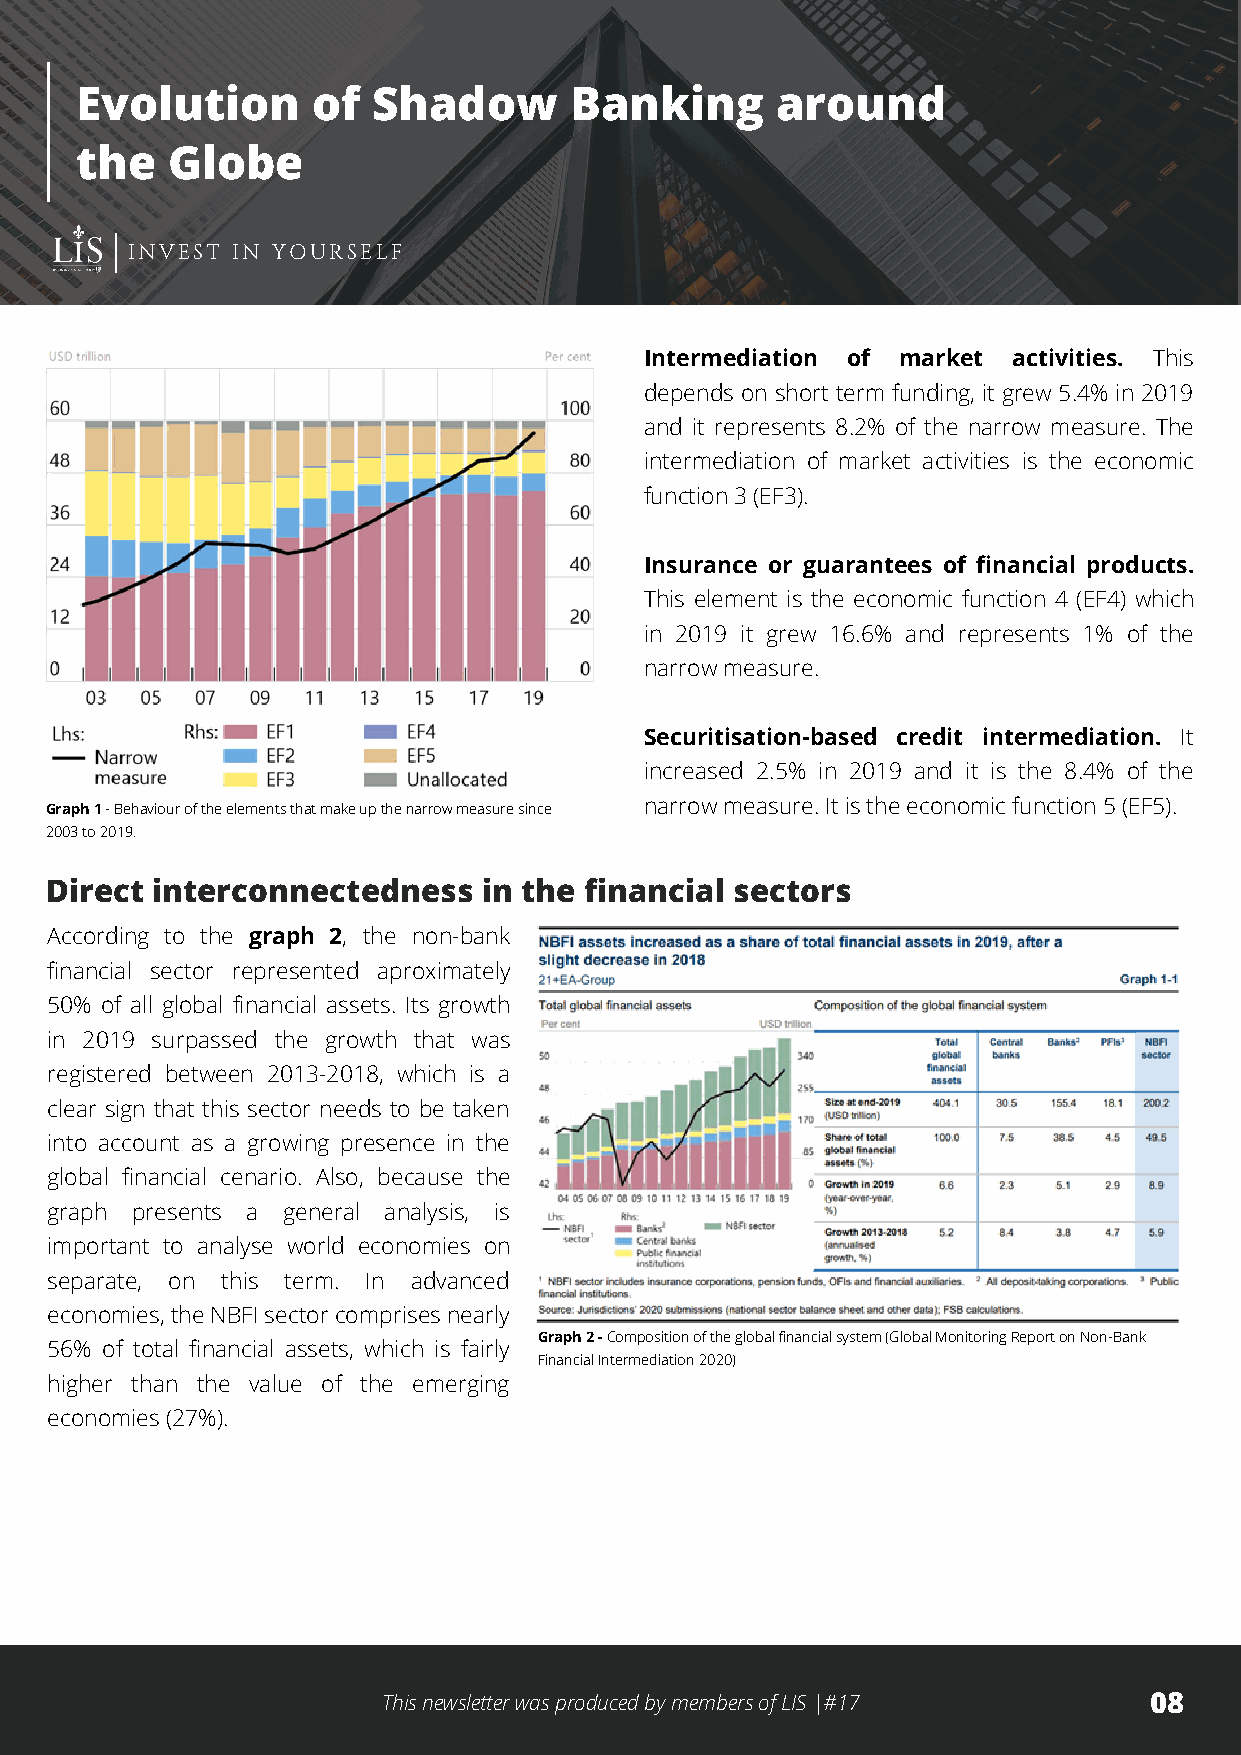
Evolution       of  Shadow       Banking      around
 the   Globe
 INVEST IN YOURSELF
 Intermediation of market activities. This
 depends on short term funding, it grew 5.4% in 2019
 and it represents 8.2% of the narrow measure. The
 intermediation of market activities is the economic
 function 3 (EF3).
 Insurance or guarantees of financial products.
 This element is the economic function 4 (EF4) which
 in 2019 it grew 16.6% and represents 1% of the
 narrow measure.
 Securitisation-based credit intermediation. It
 increased 2.5% in 2019 and it is the 8.4% of the
 narrow measure. It is the economic function 5 (EF5).
 Graph 1 - Behaviour of the elements that make up the narrow measure since
 2003 to 2019.
 Direct interconnectedness    in the financial sectors
 According to the graph 2, the non-bank
 financial sector represented aproximately
 50% of all global financial assets. Its growth
 in 2019 surpassed the growth that was
 registered between 2013-2018, which is a
 clear sign that this sector needs to be taken
 into account as a growing presence in the
 global financial cenario. Also, because the
 graph presents a general analysis, is
 important to analyse world economies on
 separate, on this term. In advanced
 economies, the NBFI sector comprises nearly
 Graph 2 - Composition of the global financial system (Global Monitoring Report on Non-Bank
 56% of total financial assets, which is fairly
 Financial Intermediation 2020)
 higher than the value of the emerging
 economies (27%).
 This newsletter was produced by members of LIS |#17 08